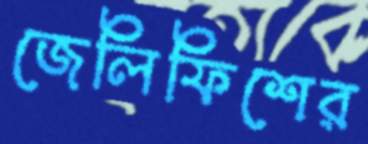
জেলিফিশের